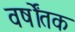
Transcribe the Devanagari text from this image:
वर्षोंतक